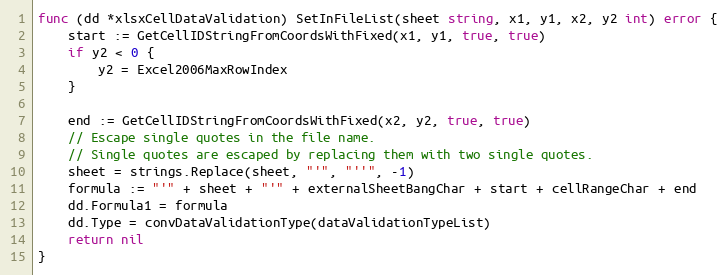
Language: Go
func (dd *xlsxCellDataValidation) SetInFileList(sheet string, x1, y1, x2, y2 int) error {
	start := GetCellIDStringFromCoordsWithFixed(x1, y1, true, true)
	if y2 < 0 {
		y2 = Excel2006MaxRowIndex
	}

	end := GetCellIDStringFromCoordsWithFixed(x2, y2, true, true)
	// Escape single quotes in the file name.
	// Single quotes are escaped by replacing them with two single quotes.
	sheet = strings.Replace(sheet, "'", "''", -1)
	formula := "'" + sheet + "'" + externalSheetBangChar + start + cellRangeChar + end
	dd.Formula1 = formula
	dd.Type = convDataValidationType(dataValidationTypeList)
	return nil
}